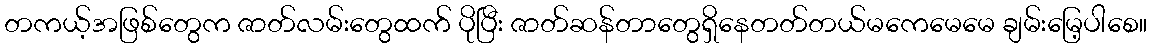
တကယ့်အဖြစ်တွေက ဇာတ်လမ်းတွေထက် ပိုပြီး ဇာတ်ဆန်တာတွေရှိနေတတ်တယ်မကေမေမေ ချမ်းမြေ့ပါစေ။